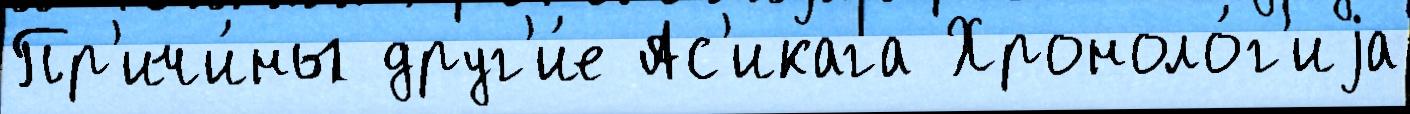
Пр'ичи́ны друг'и́е Ас'икага Хроноло́г'иjа